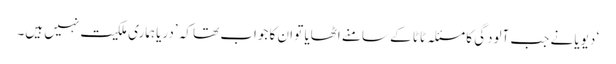
‘ دیویا نے جب آلودگی کا مسئلہ ٹاٹا کے سامنے اٹھایا تو ان کا جواب تھا کہ ’دریا ہماری ملکیت نہیں ہیں۔